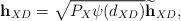
LaTeX: \begin{align*} {\bf h}_{XD}=\sqrt{P_X \psi(d_{XD})}\widetilde{{\bf h}}_{XD}, \end{align*}